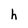
Character: h